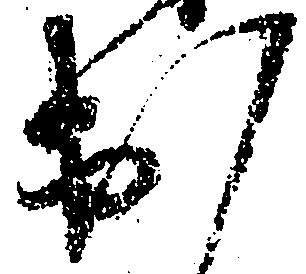
出